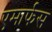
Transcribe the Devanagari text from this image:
एमार्फस